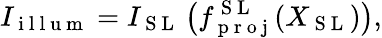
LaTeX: I_{\mathrm{~i~l~l~u~m~}}=I_{\mathrm{~S~L~}}\left(f_{\mathrm{~p~r~o~j~}}^{\mathrm{~S~L~}}(X_{\mathrm{~S~L~}})\right),